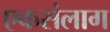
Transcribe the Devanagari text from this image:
एकसंलाग